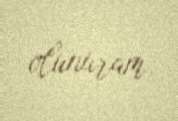
olunuram.